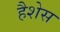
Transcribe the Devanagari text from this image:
हैशेस